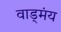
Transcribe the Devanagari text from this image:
वाड्मंय